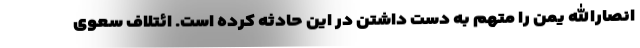
انصارالله یمن را متهم به دست داشتن در این حادثه کرده است. ائتلاف سعوی